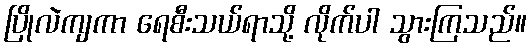
ပြိုလဲကျကာ ရေစီးသယ်ရာသို့ လိုက်ပါ သွားကြသည်။